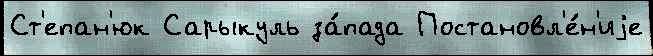
Ст'епан'юк Сарыкуль за́пада Постановл'е́н'иjе